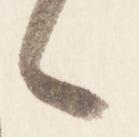
々